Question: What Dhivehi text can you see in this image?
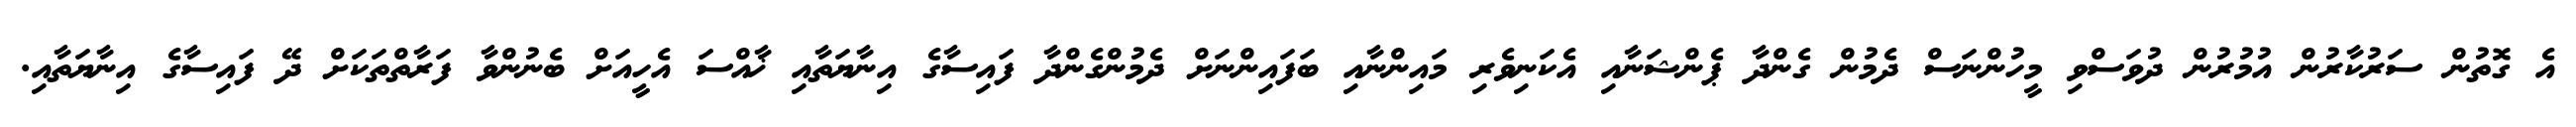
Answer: އެ ގޮތުން ސަރުކާރުން އުމުރުން ދުވަސްވި މީހުންނަސް ދެމުން ގެންދާ ޕެންޝަނާއި އެކަނިވެރި މައިންނާއި ބަފައިންނަށް ދެމުންގެންދާ ފައިސާގެ އިނާޔަތާއި ޚާއްސަ އެހީއަށް ބެނުންވާ ފަރާތްތަކަށް ދޭ ފައިސާގެ އިނާޔަތާއި.